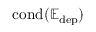
\mathrm { c o n d ( \mathbb { E _ { \mathrm { d e p } } } ) }